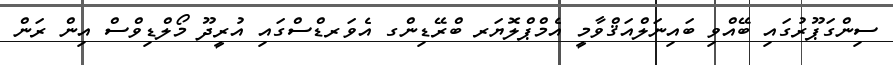
ސިންގަޕޫރުގައި ބޭއްވި ބައިނަލްއަޤްވާމީ އެމްޕްލޮޔަރ ބްރޭޑިންގ އެވަރޑްސްގައި އުރީދޫ މޯލްޑިވްސް އިން ރަން